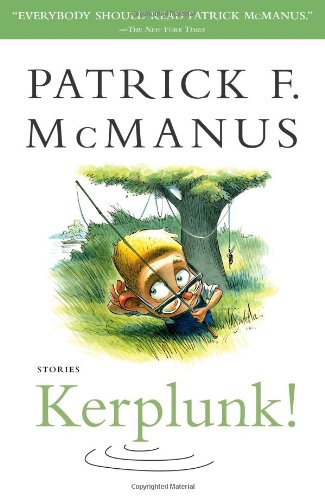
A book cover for Kerplunk!: Stories; Patrick F. McManus; Humor & Entertainment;